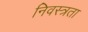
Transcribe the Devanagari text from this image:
निवस्त्रता